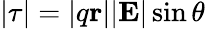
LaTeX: |\mathbf{\tau}|=|q\mathbf{r}||\mathbf{E}|\sin\theta